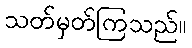
သတ်မှတ်ကြသည်။